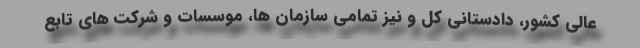
عالی کشور، دادستانی کل و نیز تمامی سازمان ها، موسسات و شرکت های تابع